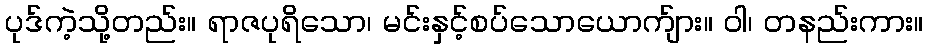
ပုဒ်ကဲ့သို့တည်း။ ရာဇပုရိသော၊ မင်းနှင့်စပ်သောယောက်ျား။ ဝါ၊ တနည်းကား။